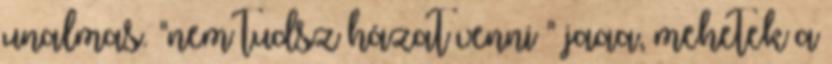
unalmas. "nem tudsz házat venni " jaaa, mehetek a